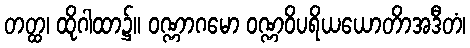
တတ္ထ၊ ထိုဂါထာ၌။ ဝဏ္ဏာဂမော ဝဏ္ဏဝိပရိယယောတိာအဒီတံ၊